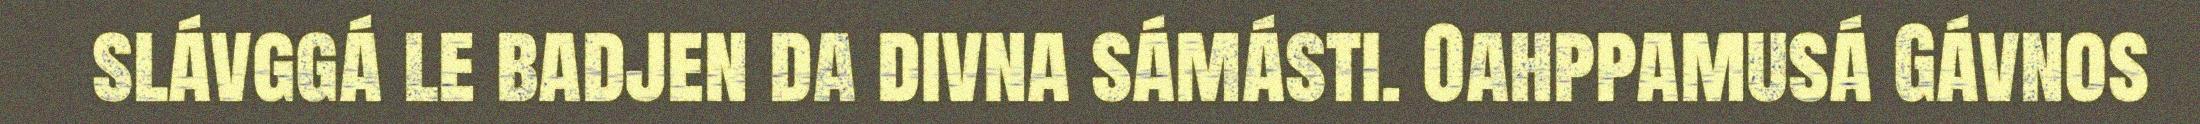
slávggá le badjen da divna sámásti. Oahppamusá Gávnos